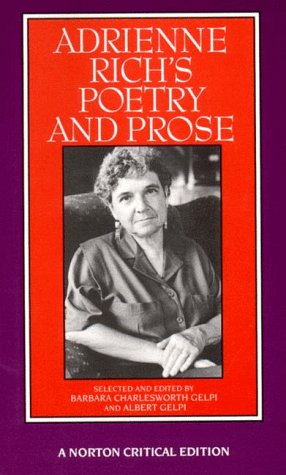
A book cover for Adrienne Rich's Poetry and Prose (Norton Critical Editions); Adrienne Rich; Literature & Fiction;